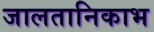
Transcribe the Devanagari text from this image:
जालतानिकाभ